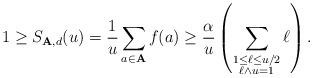
LaTeX: \begin{align*}1\ge S_{{\bf A},d}(u) = \frac{1}{u}\sum_{a\in{\bf A}}f(a) \ge \frac{\alpha}{u}\left(\sum_{\substack{1\le \ell\le u/2 \\ \ell\wedge u = 1}} \ell\right).\end{align*}